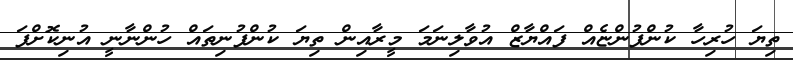
ތިޔަ ހުރިހާ ކުންފުންޏެއް ފައްޔާޒް އުވާލިނަމަ މީރާއިން ތިޔަ ކުންފުނިތައް ހުންނާނީ އުނިކޮށްފަ